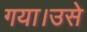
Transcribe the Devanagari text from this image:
गया।उसे